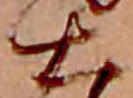
大